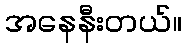
အနေနီးတယ်။